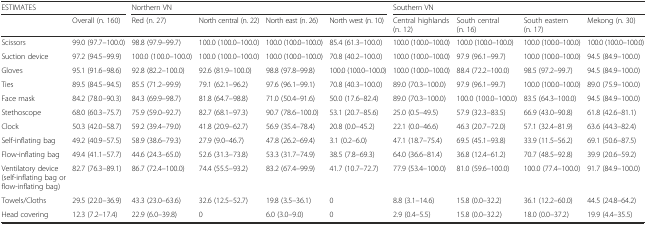
<table><thead><tr><td colspan="2"><b>ESTIMATES</b></td><td colspan="4"><b>Northern VN</b></td><td colspan="4"><b>Southern VN</b></td></tr><tr><td></td><td><b>Overall (n. 160)</b></td><td><b>Red (n. 27)</b></td><td><b>North central (n. 22)</b></td><td><b>North east (n. 26)</b></td><td><b>North west (n. 10)</b></td><td><b>Central highlands (n. 12)</b></td><td><b>South central (n. 16)</b></td><td><b>South eastern (n. 17)</b></td><td><b>Mekong (n. 30)</b></td></tr></thead><tbody><tr><td>Scissors</td><td>99.0 (97.7–100.0)</td><td>98.8 (97.9–99.7)</td><td>100.0 (100.0–100.0)</td><td>100.0 (100.0–100.0)</td><td>85.4 (61.3–100.0)</td><td>100.0 (100.0–100.0)</td><td>100.0 (100.0–100.0)</td><td>100.0 (100.0–100.0)</td><td>100.0 (100.0–100.0)</td></tr><tr><td>Suction device</td><td>97.2 (94.5–99.9)</td><td>100.0 (100.0–100.0)</td><td>100.0 (100.0–100.0)</td><td>100.0 (100.0–100.0)</td><td>70.8 (40.2–100.0)</td><td>100.0 (100.0–100.0)</td><td>97.9 (96.1–99.7)</td><td>100.0 (100.0–100.0)</td><td>94.5 (84.9–100.0)</td></tr><tr><td>Gloves</td><td>95.1 (91.6–98.6)</td><td>92.8 (82.2–100.0)</td><td>92.6 (81.9–100.0)</td><td>98.8 (97.8–99.8)</td><td>100.0 (100.0–100.0)</td><td>100.0 (100.0–100.0)</td><td>88.4 (72.2–100.0)</td><td>98.5 (97.2–99.7)</td><td>94.5 (84.9–100.0)</td></tr><tr><td>Ties</td><td>89.5 (84.5–94.5)</td><td>85.5 (71.2–99.9)</td><td>79.1 (62.1–96.2)</td><td>97.6 (96.1–99.1)</td><td>70.8 (40.3–100.0)</td><td>89.0 (70.3–100.0)</td><td>97.9 (96.1–99.7)</td><td>100.0 (100.0–100.0)</td><td>89.0 (75.9–100.0)</td></tr><tr><td>Face mask</td><td>84.2 (78.0–90.3)</td><td>84.3 (69.9–98.7)</td><td>81.8 (64.7–98.8)</td><td>71.0 (50.4–91.6)</td><td>50.0 (17.6–82.4)</td><td>89.0 (70.3–100.0)</td><td>100.0 (100.0–100.0)</td><td>83.5 (64.3–100.0)</td><td>94.5 (84.9–100.0)</td></tr><tr><td>Stethoscope</td><td>68.0 (60.3–75.7)</td><td>75.9 (59.0–92.7)</td><td>82.7 (68.1–97.3)</td><td>90.7 (78.6–100.0)</td><td>53.1 (20.7–85.6)</td><td>25.0 (0.5–49.5)</td><td>57.9 (32.3–83.5)</td><td>66.9 (43.0–90.8)</td><td>61.8 (42.6–81.1)</td></tr><tr><td>Clock</td><td>50.3 (42.0–58.7)</td><td>59.2 (39.4–79.0)</td><td>41.8 (20.9–62.7)</td><td>56.9 (35.4–78.4)</td><td>20.8 (0.0–45.2)</td><td>22.1 (0.0–46.6)</td><td>46.3 (20.7–72.0)</td><td>57.1 (32.4–81.9)</td><td>63.6 (44.3–82.4)</td></tr><tr><td>Self-inflating bag</td><td>49.2 (40.9–57.5)</td><td>58.9 (38.6–79.3)</td><td>27.9 (9.0–46.7)</td><td>47.8 (26.2–69.4)</td><td>3.1 (0.2–6.0)</td><td>47.1 (18.7–75.4)</td><td>69.5 (45.1–93.8)</td><td>33.9 (11.5–56.2)</td><td>69.1 (50.6–87.5)</td></tr><tr><td>Flow-inflating bag</td><td>49.4 (41.1–57.7)</td><td>44.6 (24.3–65.0)</td><td>52.6 (31.3–73.8)</td><td>53.3 (31.7–74.9)</td><td>38.5 (7.8–69.3)</td><td>64.0 (36.6–81.4)</td><td>36.8 (12.4–61.2)</td><td>70.7 (48.5–92.8)</td><td>39.9 (20.6–59.2)</td></tr><tr><td>Ventilatory device (self-inflating bag or flow-inflating bag)</td><td>82.7 (76.3–89.1)</td><td>86.7 (72.4–100.0)</td><td>74.4 (55.5–93.2)</td><td>83.2 (67.4–99.9)</td><td>41.7 (10.7–72.7)</td><td>77.9 (53.4–100.0)</td><td>81.0 (59.6–100.0)</td><td>100.0 (77.4–100.0)</td><td>91.7 (84.9–100.0)</td></tr><tr><td>Towels/Cloths</td><td>29.5 (22.0–36.9)</td><td>43.3 (23.0–63.6)</td><td>32.6 (12.5–52.7)</td><td>19.8 (3.5–36.1)</td><td>0</td><td>8.8 (3.1–14.6)</td><td>15.8 (0.0–32.2)</td><td>36.1 (12.2–60.0)</td><td>44.5 (24.8–64.2)</td></tr><tr><td>Head covering</td><td>12.3 (7.2–17.4)</td><td>22.9 (6.0–39.8)</td><td>0</td><td>6.0 (3.0–9.0)</td><td>0</td><td>2.9 (0.4–5.5)</td><td>15.8 (0.0–32.2)</td><td>18.0 (0.0–37.2)</td><td>19.9 (4.4–35.5)</td></tr></tbody></table>